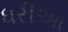
ધરીઓ